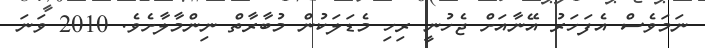
ނަމަވެސް އެފަހަރު އޭނާއަށް ޖެހުނީ ރިހި މެޑަލަކުން މުބާރާތް ނިންމާލާށެވެ. 2010 ވަނަ